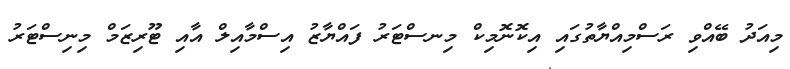
މިއަދު ބޭއްވި ރަސްމިއްޔާތުގައި އިކޮނޮމިކް މިނސްޓަރު ފައްޔާޒު އިސްމާއިލް އާއި ޓޫރިޒަމް މިނިސްޓަރު